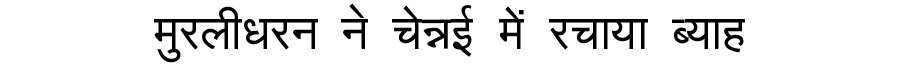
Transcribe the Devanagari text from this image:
मुरलीधरन ने चेन्नई में रचाया ब्याह